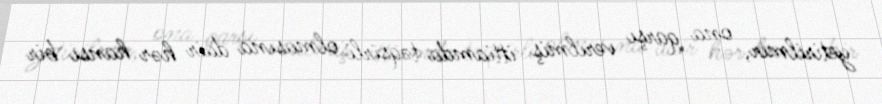
yetirilmir, ona qarşı verilmiş ittiamda təqsirli olmasına dair hər hansı bir